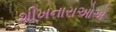
શીખનારાઓએ